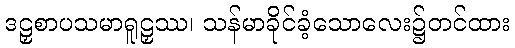
ဒဠှစာပသမာရူဠှဿ၊ သန်မာခိုင်ခံ့သောလေး၌တင်ထား